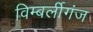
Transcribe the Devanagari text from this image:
विम्बर्लीगंज